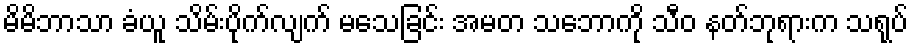
မိမိဘာသာ ခံယူ သိမ်းပိုက်လျက် မသေခြင်း အမတ သဘောကို သီဝ နတ်ဘုရားက သရုပ်